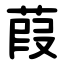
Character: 葭